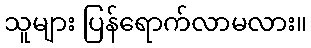
သူများ ပြန်ရောက်လာမလား။